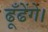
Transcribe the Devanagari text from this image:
ढूँढेंगे।